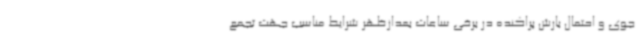
جوی و احتمال بارش پراکنده در برخی ساعات بعدازظهر شرایط مناسب جهت تجمع